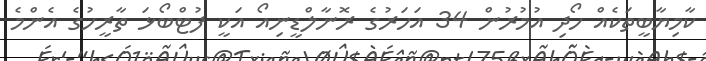
ކާމިޔާބީތަކެއް ހޯދި އުމުުރުން 34 އަހަރުގެ ރޮނާލްޑީނިއޯ އަކީ ފުޓްބޯޅަ ތާރީހުގެ އެންމެ